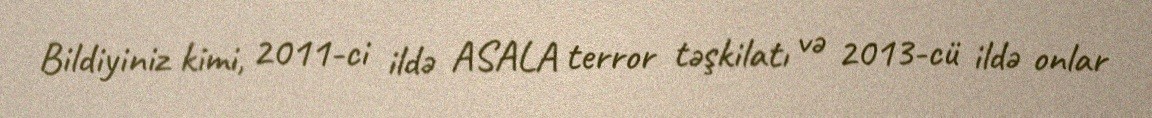
Bildiyiniz kimi, 2011-ci ildə ASALA terror təşkilatı və 2013-cü ildə onlar